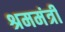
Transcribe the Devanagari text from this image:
श्रममंत्री